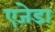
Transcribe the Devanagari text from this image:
एजेडा